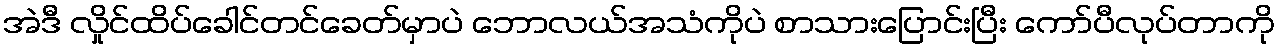
အဲဒီ လှိုင်ထိပ်ခေါင်တင်ခေတ်မှာပဲ ဘောလယ်အသံကိုပဲ စာသားပြောင်းပြီး ကော်ပီလုပ်တာကို